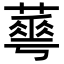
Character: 𦾓